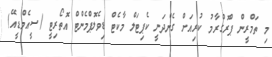
މި ތަމްރީން ޕްރޮގްރާމު ކުރިއަށް ގެންދަނީ ކެޕިޓަލް މާކެޓް ޑިވެލޮޕްމެންޓް އޮތޯރިޓީ (ސީއެމްޑީއޭ)